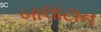
બાલાટાન